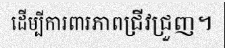
ដើម្បីការពារភាពជ្រីវជ្រួញ។